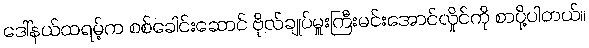
ဒေါ်နယ်ထရမ့်က စစ်ခေါင်းဆောင် ဗိုလ်ချုပ်မှူးကြီးမင်းအောင်လှိုင်ကို စာပို့ပါတယ်။